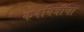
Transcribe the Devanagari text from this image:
कवयित्रींचा